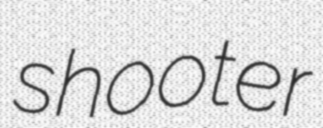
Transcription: shooter